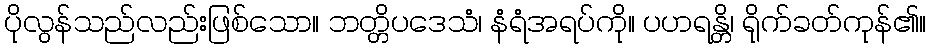
ပိုလွန်သည်လည်းဖြစ်သော။ ဘတ္တိပဒေသံ၊ နံရံအရပ်ကို။ ပဟရန္တိ၊ ရိုက်ခတ်ကုန်၏။